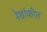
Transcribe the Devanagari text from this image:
रेखांकीत